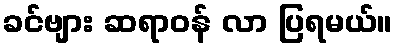
ခင်ဗျား ဆရာဝန် လာ ပြရမယ်။